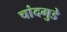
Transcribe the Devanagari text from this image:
चांदगुडे